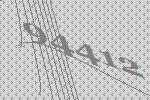
94412